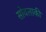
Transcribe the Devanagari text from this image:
सोवलाकी